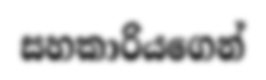
සහකාරියගෙන්